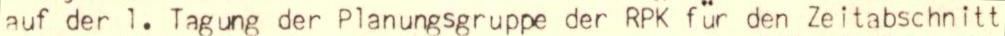
auf der 1. Tagung der Planungsgruppe der RPK für den Zeitabschnitt